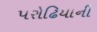
પરોઢિયાની